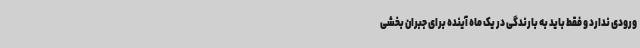
ورودی ندارد و فقط باید به بارندگی‌ در یک ماه آینده برای جبران بخشی